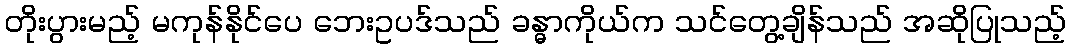
တိုးပွားမည့် မကုန်နိုင်ပေ ဘေးဥပဒ်သည် ခန္ဓာကိုယ်က သင်တွေ့ချိန်သည် အဆိုပြုသည့်